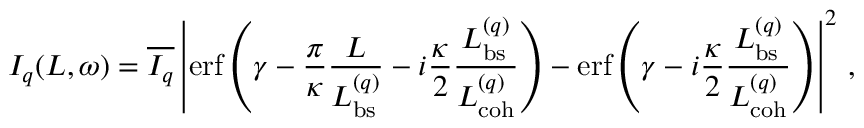
I _ { q } ( L , \omega ) = \overline { { I _ { q } } } \left| \mathrm { e r f } \left( \gamma - \frac { \pi } { \kappa } \frac { L } { L _ { \mathrm { b s } } ^ { ( q ) } } - i \frac { \kappa } { 2 } \frac { L _ { \mathrm { b s } } ^ { ( q ) } } { L _ { \mathrm { c o h } } ^ { ( q ) } } \right) - \mathrm { e r f } \left( \gamma - i \frac { \kappa } { 2 } \frac { L _ { \mathrm { b s } } ^ { ( q ) } } { L _ { \mathrm { c o h } } ^ { ( q ) } } \right) \right| ^ { 2 } \, ,